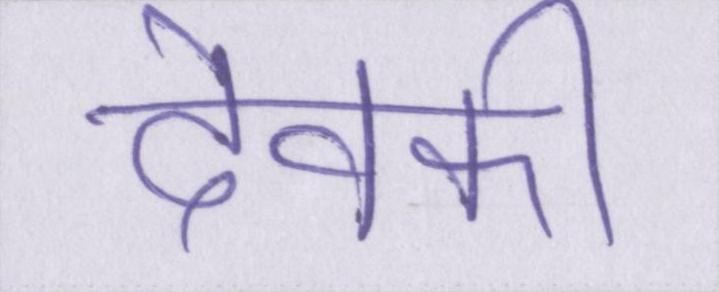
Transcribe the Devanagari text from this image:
देवकी